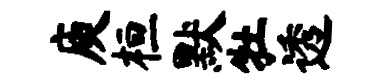
庾桓默牡透